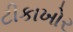
ટીકાખોર